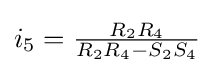
i_{5}={\tfrac {R_{2}R_{4}}{R_{2}R_{4}-S_{2}S_{4}}}